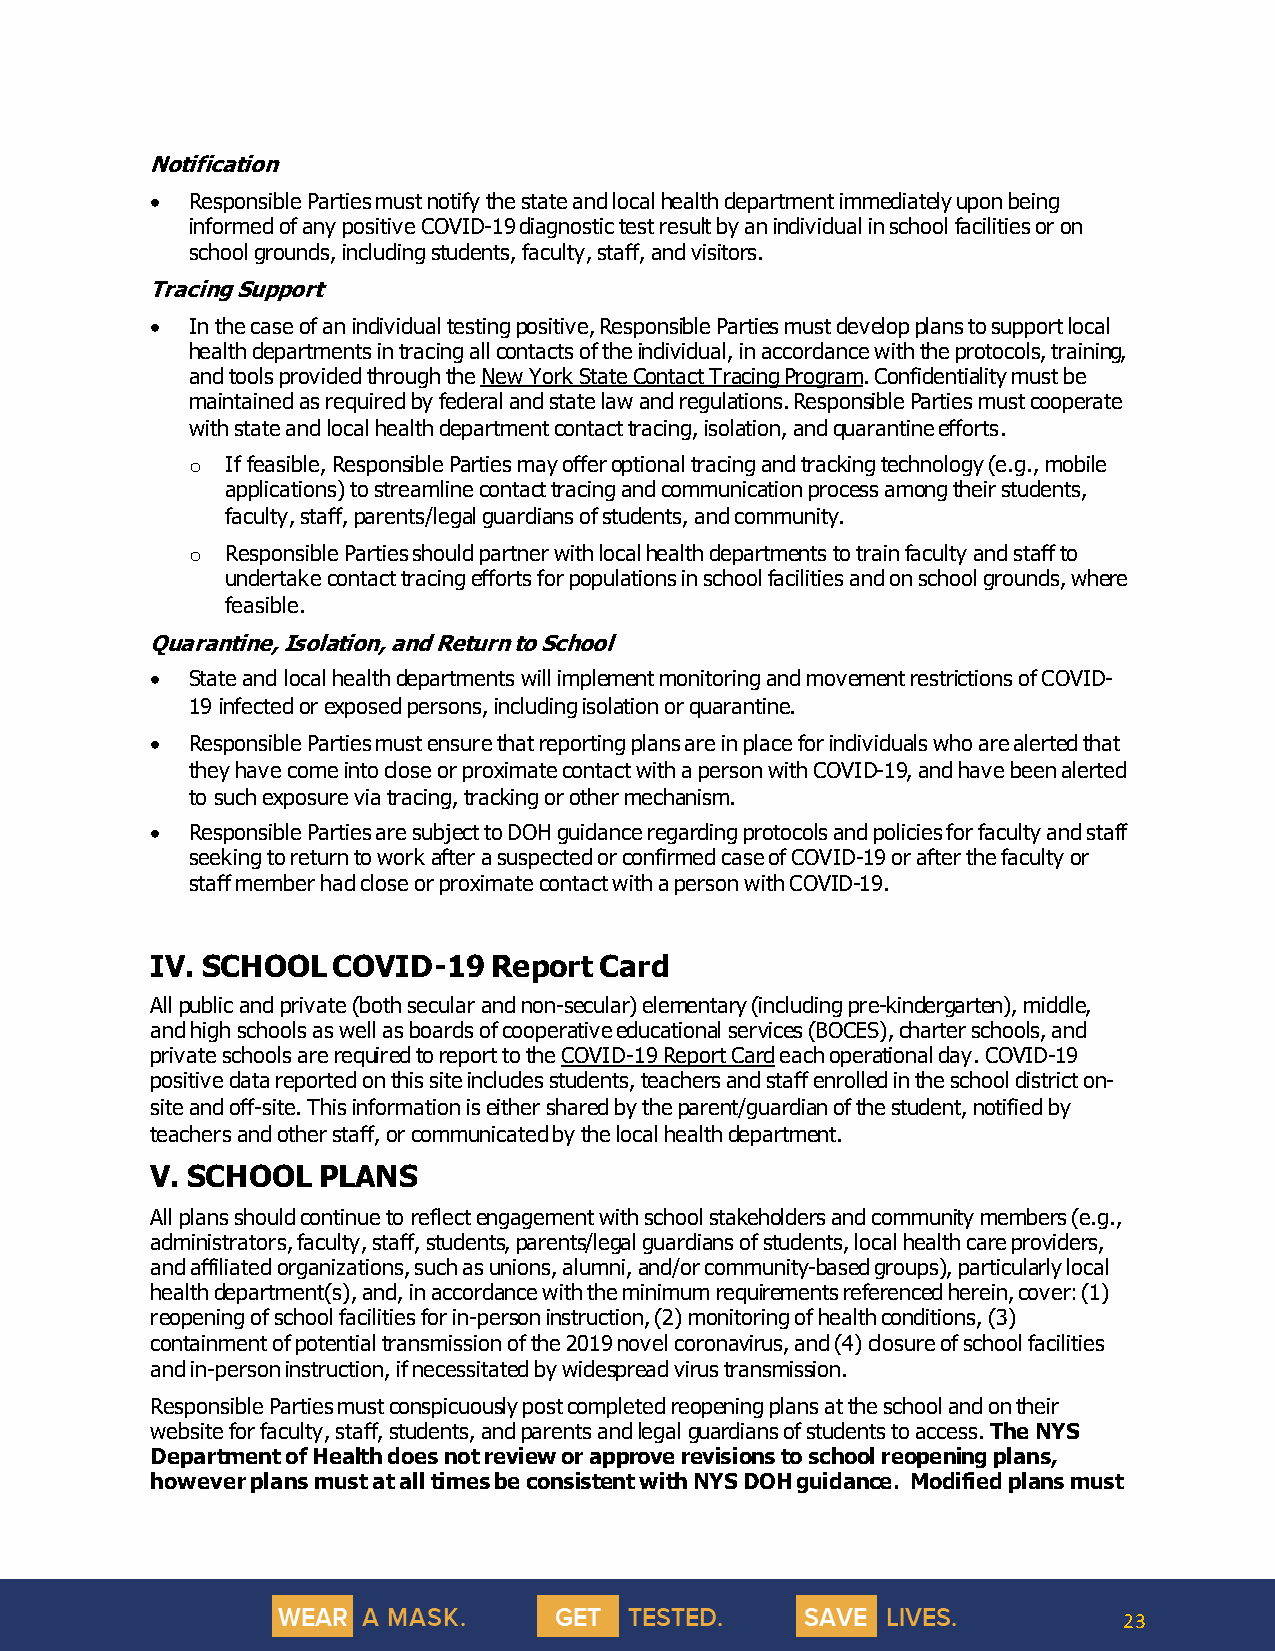
Notification
 • Responsible Parties must notify the state and local health department immediately upon being
 informed of any positive COVID-19 diagnostic test result by an individual in school facilities or on
 school grounds, including students, faculty, staff, and visitors.
 Tracing Support
 • In the case of an individual testing positive, Responsible Parties must develop plans to support local
 health departments in tracing all contacts of the individual, in accordance with the protocols, training,
 and tools provided through the New York State Contact Tracing Program. Confidentiality must be
 maintained as required by federal and state law and regulations. Responsible Parties must cooperate
 with state and local health department contact tracing, isolation, and quarantine efforts.
 o  If feasible, Responsible Parties may offer optional tracing and tracking technology (e.g., mobile
 applications) to streamline contact tracing and communication process among their students,
 faculty, staff, parents/legal guardians of students, and community.
 o  Responsible Parties should partner with local health departments to train faculty and staff to
 undertake contact tracing efforts for populations in school facilities and on school grounds, where
 feasible.
 Quarantine, Isolation, and Return to School
 • State and local health departments will implement monitoring and movement restrictions of COVID-
 19 infected or exposed persons, including isolation or quarantine.
 • Responsible Parties must ensure that reporting plans are in place for individuals who are alerted that
 they have come into close or proximate contact with a person with COVID-19, and have been alerted
 to such exposure via tracing, tracking or other mechanism.
 • Responsible Parties are subject to DOH guidance regarding protocols and policies for faculty and staff
 seeking to return to work after a suspected or confirmed case of COVID-19 or after the faculty or
 staff member had close or proximate contact with a person with COVID-19.
 IV. SCHOOL  COVID-19  Report  Card
 All public and private (both secular and non-secular) elementary (including pre-kindergarten), middle,
 and high schools as well as boards of cooperative educational services (BOCES), charter schools, and
 private schools are required to report to the COVID-19 Report Card each operational day. COVID-19
 positive data reported on this site includes students, teachers and staff enrolled in the school district on-
 site and off-site. This information is either shared by the parent/guardian of the student, notified by
 teachers and other staff, or communicated by the local health department.
 V. SCHOOL  PLANS
 All plans should continue to reflect engagement with school stakeholders and community members (e.g.,
 administrators, faculty, staff, students, parents/legal guardians of students, local health care providers,
 and affiliated organizations, such as unions, alumni, and/or community-based groups), particularly local
 health department(s), and, in accordance with the minimum requirements referenced herein, cover: (1)
 reopening of school facilities for in-person instruction, (2) monitoring of health conditions, (3)
 containment of potential transmission of the 2019 novel coronavirus, and (4) closure of school facilities
 and in-person instruction, if necessitated by widespread virus transmission.
 Responsible Parties must conspicuously post completed reopening plans at the school and on their
 website for faculty, staff, students, and parents and legal guardians of students to access. The NYS
 Department of Health does not review or approve revisions to school reopening plans,
 however plans must at all times be consistent with NYS DOH guidance. Modified plans must
 23